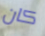
كان